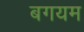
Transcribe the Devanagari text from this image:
बगयम